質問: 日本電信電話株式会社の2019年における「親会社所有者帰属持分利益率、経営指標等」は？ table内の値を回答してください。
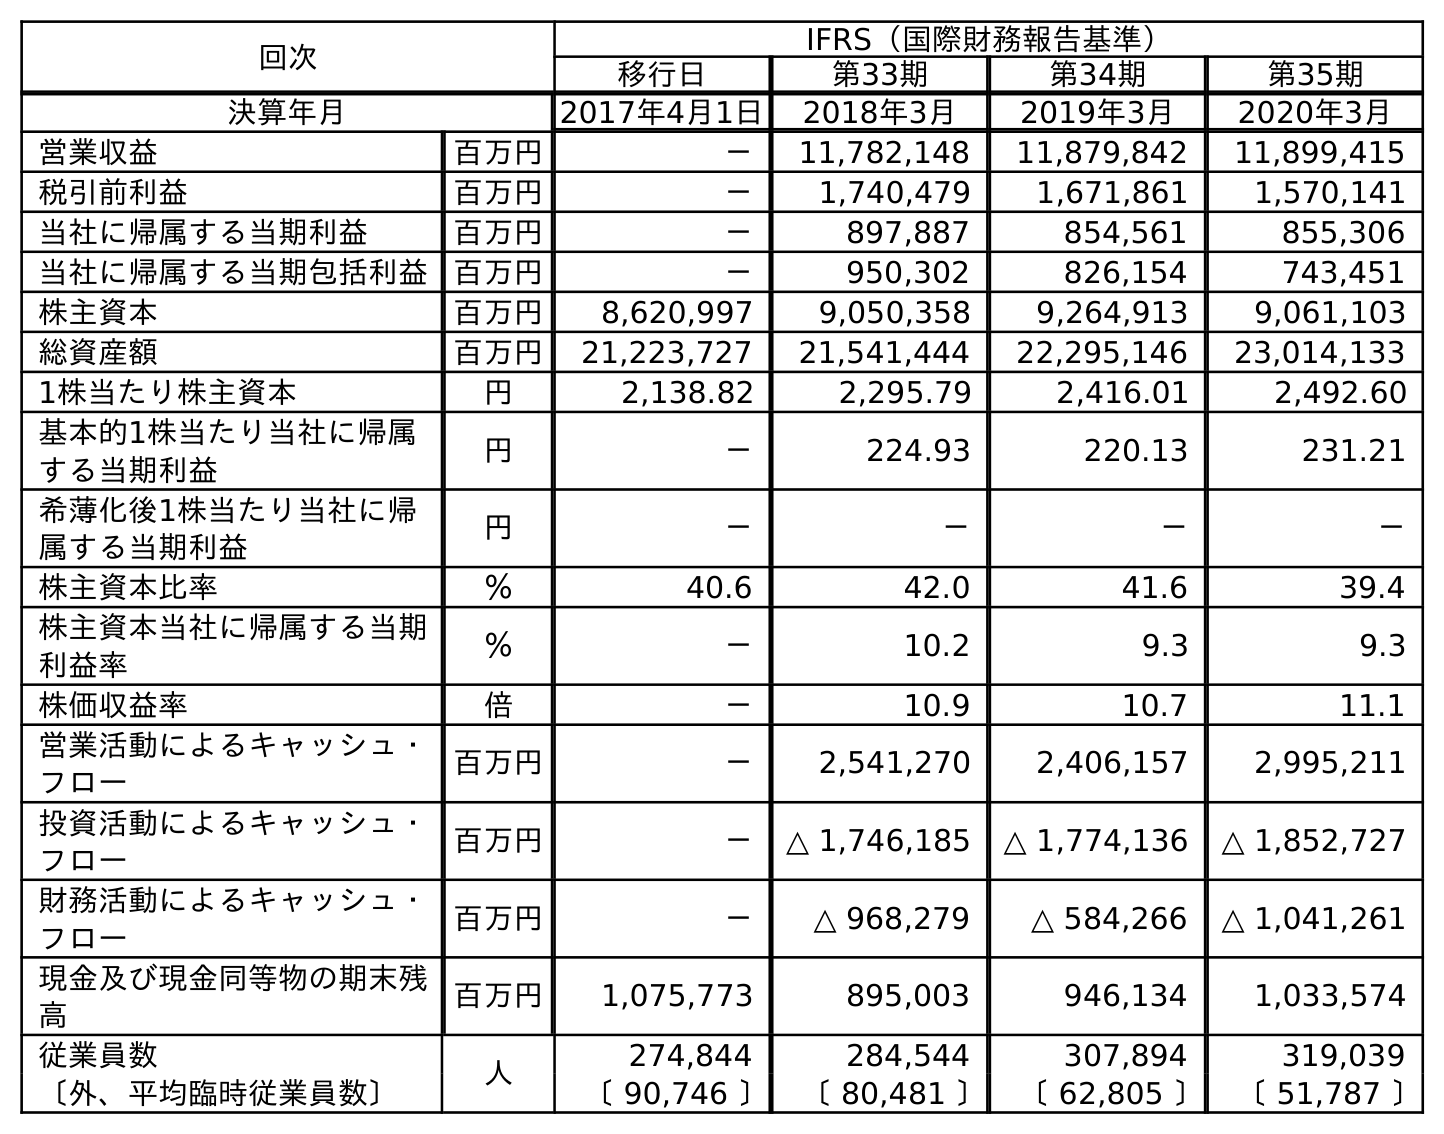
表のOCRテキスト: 回次 IFRS（国際財務報告基準） 移行日 第33期 第34期 第35期 決算年月 2017年4月1日 2018年3月 2019年3月 2020年3月 営業収益 百万円 － 11,782,148 11,879,842 11,899,415 税引前利益 百万円 － 1,740,479 1,671,861 1,570,141 当社に帰属する当期利益 百万円 － 897,887 854,561 855,306 当社に帰属する当期包括利益 百万円 － 950,302 826,154 743,451 株主資本 百万円 8,620,997 9,050,358 9,264,913 9,061,103 総資産額 百万円 21,223,727 21,541,444 22,295,146 23,014,133 1株当たり株主資本 円 2,138.82 2,295.79 2,416.01 2,492.60 基本的1株当たり当社に帰属 する当期利益 円 － 224.93 220.13 231.21 希薄化後1株当たり当社に帰 属する当期利益 円 － － － － 株主資本比率 ％ 40.6 42.0 41.6 39.4 株主資本当社に帰属する当期 利益率 ％ － 10.2 9.3 9.3 株価収益率 倍 － 10.9 10.7 11.1 営業活動によるキャッシュ・ フロー 百万円 － 2,541,270 2,406,157 2,995,211 投資活動によるキャッシュ・ フロー 百万円 － △ 1,746,185 △ 1,774,136 △ 1,852,727 財務活動によるキャッシュ・ フロー 百万円 － △ 968,279 △ 584,266 △ 1,041,261 現金及び現金同等物の期末残 高 百万円 1,075,773 895,003 946,134 1,033,574 従業員数 人 274,844 284,544 307,894 319,039 〔外、平均臨時従業員数〕 〔 90,746 〕 〔 80,481 〕 〔 62,805 〕 〔 51,787 〕
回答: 9.3